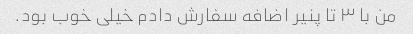
من با ۳ تا پنیر اضافه سفارش دادم خیلی خوب بود.